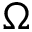
\Omega